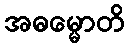
အဓမ္မောတိ